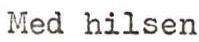
Med hilsen